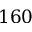
1 6 0